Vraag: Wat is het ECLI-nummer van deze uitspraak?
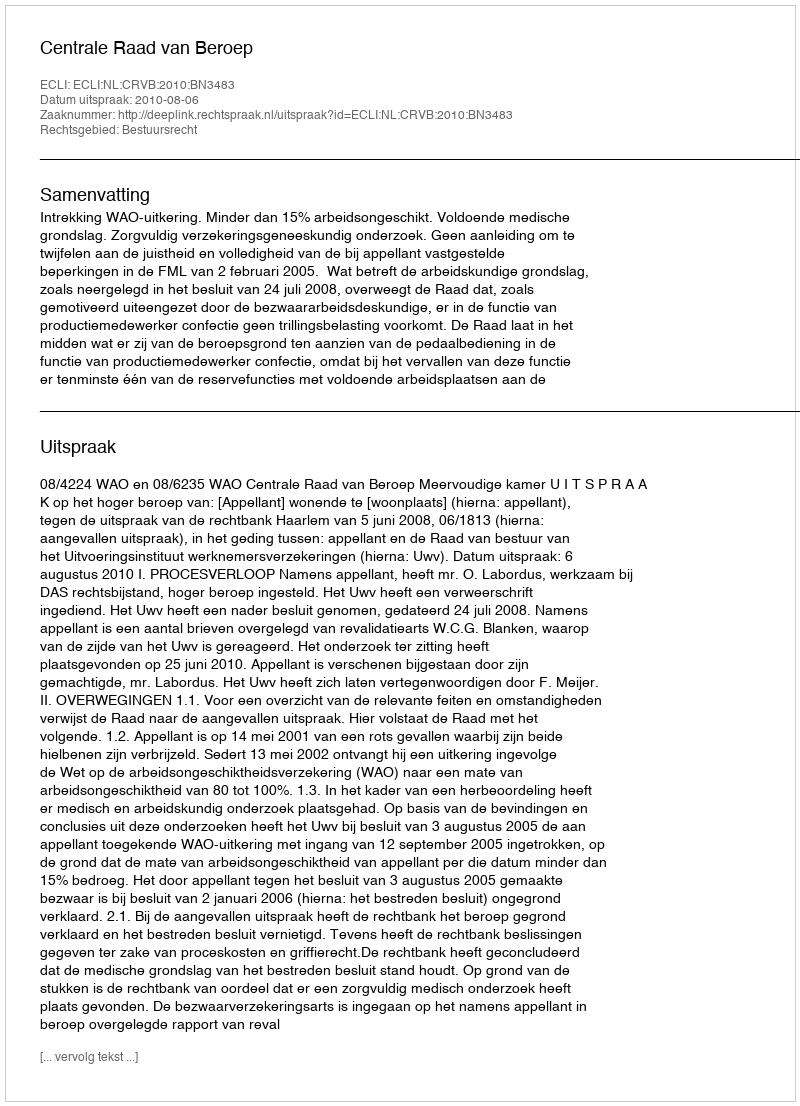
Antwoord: ECLI:NL:CRVB:2010:BN3483